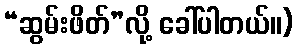
“ဆွမ်းဖိတ်”လို့ ခေါ်ပါတယ်။)